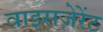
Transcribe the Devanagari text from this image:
वाइसजेरेंट